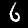
Digit: 6